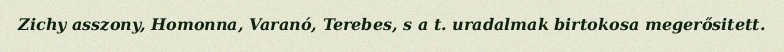
Zichy asszony, Homonna, Varanó, Terebes, s a t. uradalmak birtokosa megerősitett.